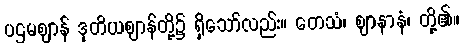
ပဌမဈာန် ဒုတိယဈာန်တို့၌ ရှိသော်လည်း။ တေသံ၊ ဈာနာနံ၊ တို့၏။